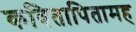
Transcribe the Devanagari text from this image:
कवितापितामह